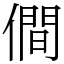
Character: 僴